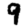
Digit: 9